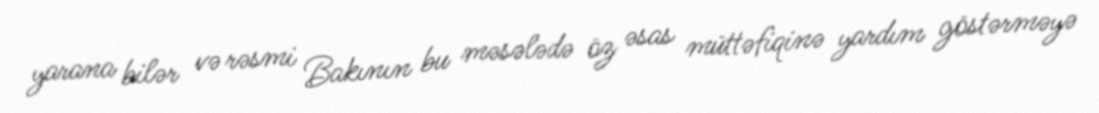
yarana bilər və rəsmi Bakının bu məsələdə öz əsas müttəfiqinə yardım göstərməyə